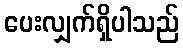
ပေးလျှက်ရှိပါသည်